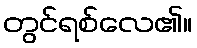
တွင်ရစ်လေ၏။